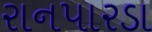
રાનપારડા